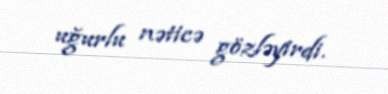
uğurlu nəticə gözləyirdi.